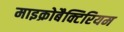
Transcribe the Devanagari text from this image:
माइक्रोबैक्टिरियम